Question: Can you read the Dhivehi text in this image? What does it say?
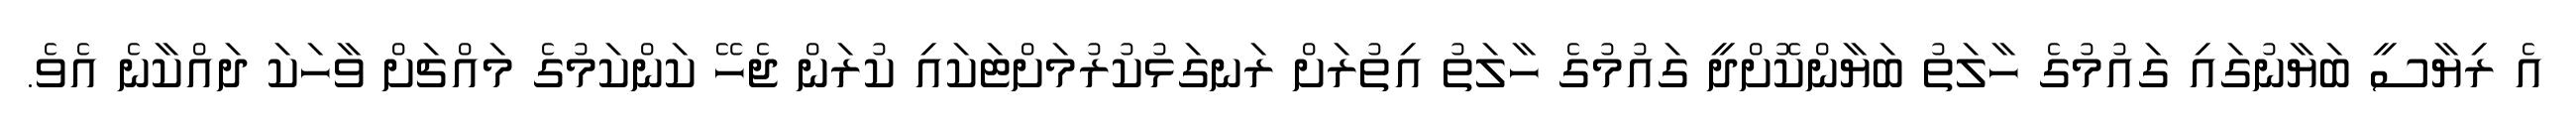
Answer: އެ ރިޔާސީ ބަޔާނުގައި ގައުމުގެ ހާލަތު ބަޔާންކޮށްދީ ގައުމުގެ ހާލަތު އިތުރަށް ރަނގަޅުކުރުމަށްޓަކައި ކުރަން ޖެހޭ ކަންކަމުގެ މައްޗަށް ވާހަކަ ދައްކާނެ އެވެ.